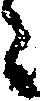
ニ